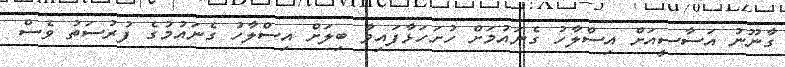
ގާނޫނު އަސާސީއަށް އިސްލާހު ގެނައުމަށް ހުށަހަޅާފައިވާ ބިލަށް އިސްލާހު ގެނައުމުގެ ފުރުސަތު ވެސް